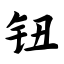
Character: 钮